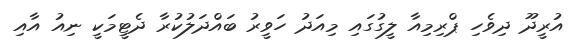
އުރީދޫ ދިވެހި ޕްރިމިއާ ލީގުގައި މިއަދު ހަވީރު ބައްދަލުކުރާ ދެޓީމަކީ ނިއު އާއި